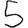
Digit: 5